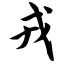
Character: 戎